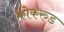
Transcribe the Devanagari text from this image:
कोकरुड